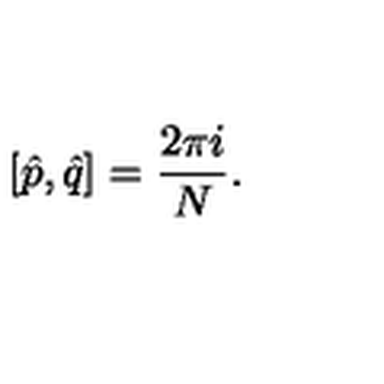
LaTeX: [ \hat { p } , \hat { q } ] = \frac { 2 \pi i } { N } .